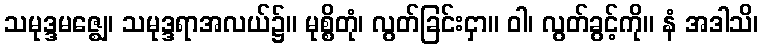
သမုဒ္ဒမဇ္ဈေ၊ သမုဒ္ဒရာအလယ်၌။ မုစ္စိတုံ၊ လွတ်ခြင်းငှာ။ ဝါ၊ လွတ်ခွင့်ကို။ နံ အဒါသိ၊